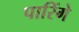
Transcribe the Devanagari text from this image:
पारिंगे